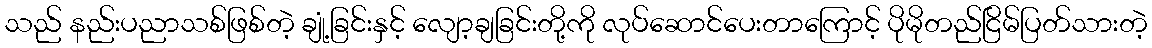
သည် နည်းပညာသစ်ဖြစ်တဲ့ ချုံ့ခြင်းနှင့် လျော့ချခြင်းတို့ကို လုပ်ဆောင်ပေးတာကြောင့် ပိုမိုတည်ငြိမ်ပြတ်သားတဲ့